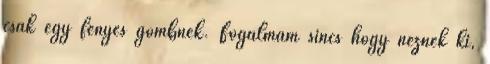
csak egy fényes gömbnek. Fogalmam sincs hogy néznek ki,